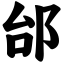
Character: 邰